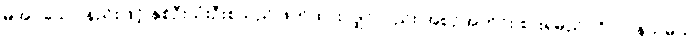
မအပ်သော နည်းဖြင့် နှစ်ဦးသုံးဦးစသည် ဖိတ်ထားလျှင်လည်း အစဉ်အတိုင်း စားရမည်။ ဂိလာနသမယ